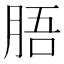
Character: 䏸